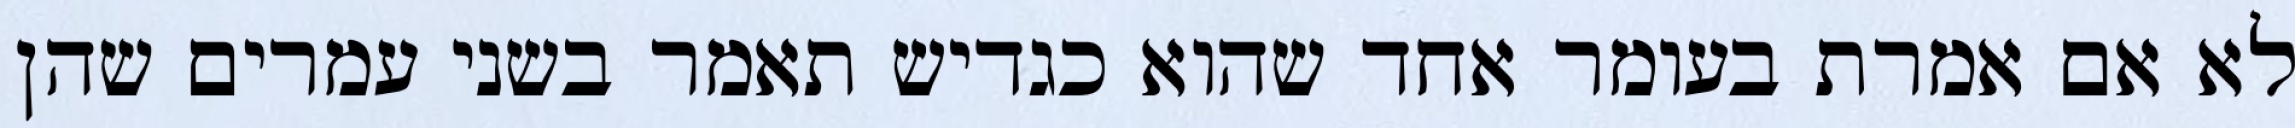
לא אם אמרת בעומר אחד שהוא כגדיש תאמר בשני עמרים שהן